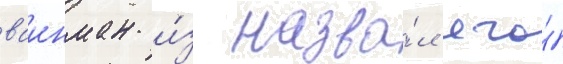
ваинман и́з назва́л его́